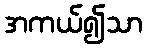
အကယ်၍သာ